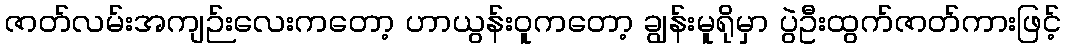
ဇာတ်လမ်းအကျဉ်းလေးကတော့ ဟာယွန်းဝူကတော့ ချွန်းမူရိုမှာ ပွဲဦးထွက်ဇာတ်ကားဖြင့်